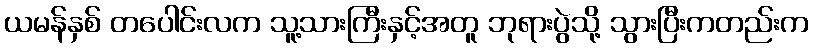
ယမန်နှစ် တပေါင်းလက သူ့သားကြီးနှင့်အတူ ဘုရားပွဲသို့ သွားပြီးကတည်းက